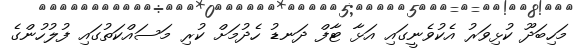
މަހިބަދޫ ކުޅިވަރު އެކުވެނީގައި އަޅާ ޓާފް ދަނޑު ހެދުމަށް ކުރި މަސައްކަތުގައި ފުލުހުންގެ